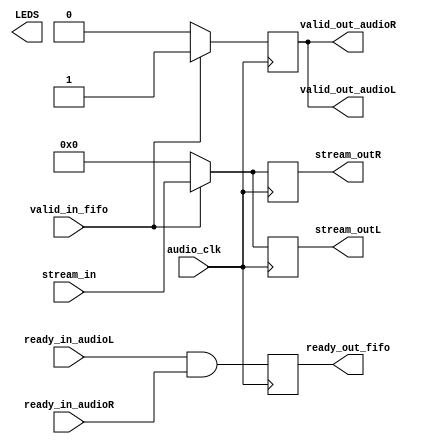
// ============================================================================
//
// Altera Karaoke Project :
// ============================================================================
// Hardware version: v1_2
// File History:          
//         v1_2:     Created file, basically passes through ready, valid, and 
//                   data streams from the hps fifo and the audio out L and R
//                   fifos
// ============================================================================
module DSP(
				valid_in_fifo,
				ready_out_fifo,
				valid_out_audioL,
				valid_out_audioR,
				audio_clk,
				ready_in_audioL,
				ready_in_audioR,
				LEDS,
				stream_in,
				stream_outL,
				stream_outR
				);
				
input 	      valid_in_fifo;
output 		   ready_out_fifo;
input          ready_in_audioL;
input				ready_in_audioR;

input          audio_clk;

output valid_out_audioL;
output valid_out_audioR;

output  [9:0]  LEDS;

input   [31:0] stream_in;
output  [31:0] stream_outL;
output  [31:0] stream_outR;

//wire ready_out_fifo=ready_in_audioL;

//wire [23:0]stream_outR=stream_in[31:8];
//wire [23:0]stream_outL=stream_in[31:8];

reg [31:0] stream_out_signalL;
reg [31:0] stream_out_signalR;

reg [9:0]  leds_signal;

reg ready_signal;

reg valid_signal;

wire [31:0]stream_outL=stream_out_signalL[31:0];
wire [31:0]stream_outR=stream_out_signalR[31:0];

wire [9:0] LEDS=leds_signal;

wire ready_out_fifo=ready_signal;

wire valid_out_audioL=valid_signal;
wire valid_out_audioR=valid_signal;

always @(negedge audio_clk)
begin
	ready_signal=(ready_in_audioL&ready_in_audioR);
	//valid_signal=ready_signal;
	if(valid_in_fifo==1)
		begin
			stream_out_signalL[31:0]=stream_in[31:0];
			stream_out_signalR[31:0]=stream_in[31:0];
			valid_signal=1'b1;
		end
	else
		begin
			stream_out_signalL[31:0]=32'd0;
			stream_out_signalR[31:0]=32'd0;
			valid_signal=1'b0;
			////leds_signal[9:0]=10'h0;
		end
		//leds_signal[9:0]=stream_in[9:0];
end

endmodule